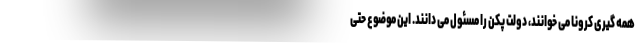
همه گیری کرونا می خوانند، دولت پکن را مسئول می دانند. این موضوع حتی